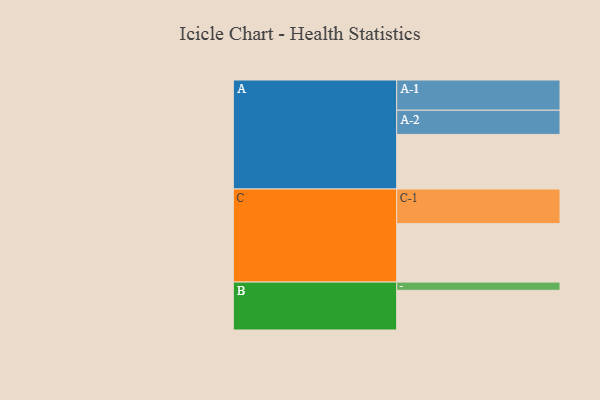
{"axis": {"x": "Segment", "y": "Value"}, "legend": ["", "A", "B", "C"], "data": [{"x": "A", "y": 472, "type": ""}, {"x": "B", "y": 343, "type": ""}, {"x": "C", "y": 505, "type": ""}, {"x": "A-1", "y": 261, "type": "A"}, {"x": "A-2", "y": 209, "type": "A"}, {"x": "B-1", "y": 71, "type": "B"}, {"x": "C-1", "y": 299, "type": "C"}]}